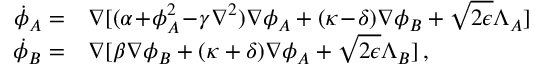
\begin{array} { r l } { \! \dot { \phi } _ { A } = } & { \nabla [ ( \alpha \! + \! \phi _ { A } ^ { 2 } \! - \! \gamma \nabla ^ { 2 } ) \nabla \phi _ { A } + ( \kappa \! - \! \delta ) \nabla \phi _ { B } + \sqrt { 2 \epsilon } \Lambda _ { A } ] } \\ { \! \dot { \phi } _ { B } = } & { \nabla [ \beta \nabla \phi _ { B } + ( \kappa + \delta ) \nabla \phi _ { A } + \sqrt { 2 \epsilon } \Lambda _ { B } ] \, , } \end{array}